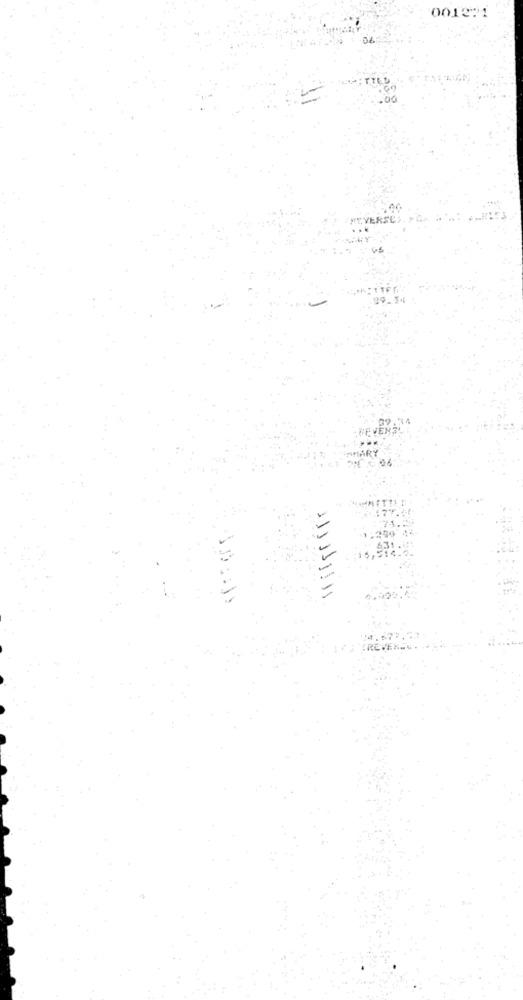
0012:1
TTED
GO
.00
REVERSES. PO
29.34